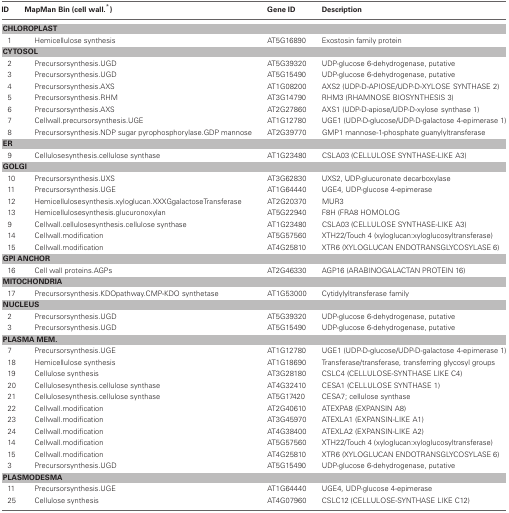
<table><thead><tr><td><b>ID</b></td><td><b>MapMan Bin (cell wall.<sup>*</sup>)</b></td><td><b>Gene ID</b></td><td><b>Description</b></td></tr></thead><tbody><tr><td colspan="4"><b>CHLOROPLAST</b></td></tr><tr><td>1</td><td>Hemicellulose synthesis</td><td>AT5G16890</td><td>Exostosin family protein</td></tr><tr><td colspan="4"><b>CYTOSOL</b></td></tr><tr><td>2</td><td>Precursorsynthesis.UGD</td><td>AT5G39320</td><td>UDP-glucose 6-dehydrogenase, putative</td></tr><tr><td>3</td><td>Precursorsynthesis.UGD</td><td>AT5G15490</td><td>UDP-glucose 6-dehydrogenase, putative</td></tr><tr><td>4</td><td>Precursorsynthesis.AXS</td><td>AT1G08200</td><td>AXS2 (UDP-D-APIOSE/UDP-D-XYLOSE SYNTHASE 2)</td></tr><tr><td>5</td><td>Precursorsynthesis.RHM</td><td>AT3G14790</td><td>RHM3 (RHAMNOSE BIOSYNTHESIS 3)</td></tr><tr><td>6</td><td>Precursorsynthesis.AXS</td><td>AT2G27860</td><td>AXS1 (UDP-D-apiose/UDP-D-xylose synthase 1)</td></tr><tr><td>7</td><td>Cellwall.precursorsynthesis.UGE</td><td>AT1G12780</td><td>UGE1 (UDP-D-glucose/UDP-D-galactose 4-epimerase 1)</td></tr><tr><td>8</td><td>Precursorsynthesis.NDP sugar pyrophosphorylase.GDP mannose</td><td>AT2G39770</td><td>GMP1 mannose-1-phosphate guanylyltransferase</td></tr><tr><td colspan="4"><b>ER</b></td></tr><tr><td>9</td><td>Cellulosesynthesis.cellulose synthase</td><td>AT1G23480</td><td>CSLA03 (CELLULOSE SYNTHASE-LIKE A3)</td></tr><tr><td colspan="4"><b>GOLGI</b></td></tr><tr><td>10</td><td>Precursorsynthesis.UXS</td><td>AT3G62830</td><td>UXS2, UDP-glucuronate decarboxylase</td></tr><tr><td>11</td><td>Precursorsynthesis.UGE</td><td>AT1G64440</td><td>UGE4, UDP-glucose 4-epimerase</td></tr><tr><td>12</td><td>Hemicellulosesynthesis.xyloglucan.XXXGgalactoseTransferase</td><td>AT2G20370</td><td>MUR3</td></tr><tr><td>13</td><td>Hemicellulosesynthesis.glucuronoxylan</td><td>AT5G22940</td><td>F8H (FRA8 HOMOLOG</td></tr><tr><td>9</td><td>Cellwall.cellulosesynthesis.cellulose synthase</td><td>AT1G23480</td><td>CSLA03 (CELLULOSE SYNTHASE-LIKE A3)</td></tr><tr><td>14</td><td>Cellwall.modification</td><td>AT5G57560</td><td>XTH22/Touch 4 (xyloglucan:xyloglucosyltransferase)</td></tr><tr><td>15</td><td>Cellwall.modification</td><td>AT4G25810</td><td>XTR6 (XYLOGLUCAN ENDOTRANSGLYCOSYLASE 6)</td></tr><tr><td colspan="4"><b>GPI ANCHOR</b></td></tr><tr><td>16</td><td>Cell wall proteins.AGPs</td><td>AT2G46330</td><td>AGP16 (ARABINOGALACTAN PROTEIN 16)</td></tr><tr><td colspan="4"><b>MITOCHONDRIA</b></td></tr><tr><td>17</td><td>Precursorsynthesis.KDOpathway.CMP-KDO synthetase</td><td>AT1G53000</td><td>Cytidylyltransferase family</td></tr><tr><td colspan="4"><b>NUCLEUS</b></td></tr><tr><td>2</td><td>Precursorsynthesis.UGD</td><td>AT5G39320</td><td>UDP-glucose 6-dehydrogenase, putative</td></tr><tr><td>3</td><td>Precursorsynthesis.UGD</td><td>AT5G15490</td><td>UDP-glucose 6-dehydrogenase, putative</td></tr><tr><td colspan="4"><b>PLASMA MEM.</b></td></tr><tr><td>7</td><td>Precursorsynthesis.UGE</td><td>AT1G12780</td><td>UGE1 (UDP-D-glucose/UDP-D-galactose 4-epimerase 1)</td></tr><tr><td>18</td><td>Hemicellulose synthesis</td><td>AT1G18690</td><td>Transferase/transferase, transferring glycosyl groups</td></tr><tr><td>19</td><td>Cellulose synthesis</td><td>AT3G28180</td><td>CSLC4 (CELLULOSE-SYNTHASE LIKE C4)</td></tr><tr><td>20</td><td>Cellulosesynthesis.cellulose synthase</td><td>AT4G32410</td><td>CESA1 (CELLULOSE SYNTHASE 1)</td></tr><tr><td>21</td><td>Cellulosesynthesis.cellulose synthase</td><td>AT5G17420</td><td>CESA7; cellulose synthase</td></tr><tr><td>22</td><td>Cellwall.modification</td><td>AT2G40610</td><td>ATEXPA8 (EXPANSIN A8)</td></tr><tr><td>23</td><td>Cellwall.modification</td><td>AT3G45970</td><td>ATEXLA1 (EXPANSIN-LIKE A1)</td></tr><tr><td>24</td><td>Cellwall.modification</td><td>AT4G38400</td><td>ATEXLA2 (EXPANSIN-LIKE A2)</td></tr><tr><td>14</td><td>Cellwall.modification</td><td>AT5G57560</td><td>XTH22/Touch 4 (xyloglucan:xyloglucosyltransferase)</td></tr><tr><td>15</td><td>Cellwall.modification</td><td>AT4G25810</td><td>XTR6 (XYLOGLUCAN ENDOTRANSGLYCOSYLASE 6)</td></tr><tr><td>3</td><td>Precursorsynthesis.UGD</td><td>AT5G15490</td><td>UDP-glucose 6-dehydrogenase, putative</td></tr><tr><td colspan="4"><b>PLASMODESMA</b></td></tr><tr><td>11</td><td>Precursorsynthesis.UGE</td><td>AT1G64440</td><td>UGE4, UDP-glucose 4-epimerase</td></tr><tr><td>25</td><td>Cellulose synthesis</td><td>AT4G07960</td><td>CSLC12 (CELLULOSE-SYNTHASE LIKE C12)</td></tr></tbody></table>